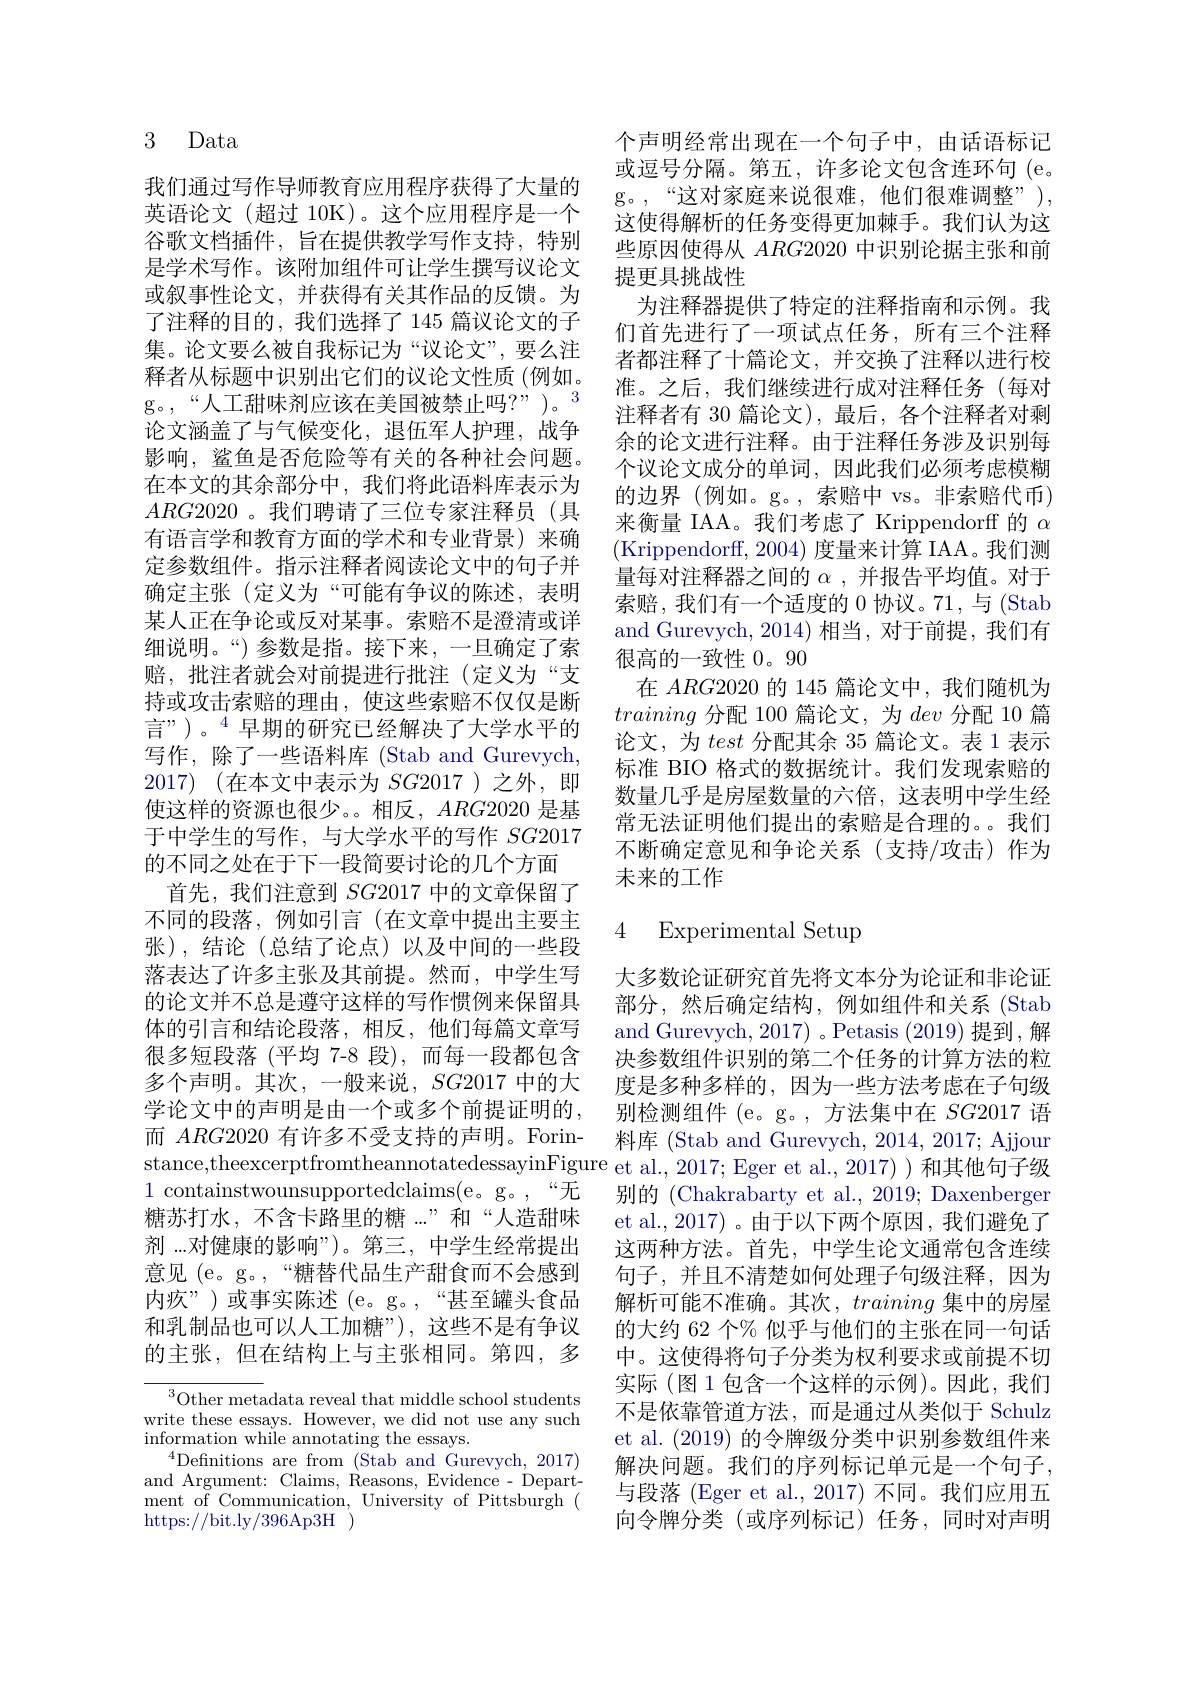
# 3 Data

我们通过写作导师教育应用程序获得了大量的英语论文(超过 10K)。这个应用程序是一个谷歌文档插件，旨在提供教学写作支持，特别是学术写作。该附加组件可让学生撰写议论文或叙事性论文，并获得有关其作品的反馈。为了注释的目的，我们选择了 145 篇议论文的子集。论文要么被自我标记为“议论文”,要么注释者从标题中识别出它们的议论文性质(例如。g。“人工甜味剂应该在美国被禁止吗？”)。3论文涵盖了与气候变化，退伍军人护理，战争影响，鲨鱼是否危险等有关的各种社会问题。在本文的其余部分中，我们将此语料库表示为$ARG2020$ 。我们聘请了三位专家注释员(具有语言学和教育方面的学术和专业背景)来确定参数组件。指示注释者阅读论文中的句子并确定主张(定义为“可能有争议的陈述，表明某人正在争论或反对某事。索赔不是澄清或详细说明。“) 参数是指。接下来，一旦确定了索赔，批注者就会对前提进行批注(定义为“支持或攻击索赔的理由，使这些索赔不仅仅是断言”)。$^{4}$早期的研究已经解决了大学水平的写作，除了一些语料库 (Stab and Gurevych, 2017) (在本文中表示为 $SG2017$ )之外，即使这样的资源也很少。。相反，$ARG2020$是基于中学生的写作，与大学水平的写作$SG2017$ 的不同之处在于下一段简要讨论的几个方面
首先，我们注意到$SG$2017 中的文章保留了不同的段落，例如引言(在文章中提出主要主张),结论(总结了论点)以及中间的一些段落表达了许多主张及其前提。然而，中学生写的论文并不总是遵守这样的写作惯例来保留具体的引言和结论段落，相反，他们每篇文章写很多短段落(平均 7-8 段),而每一段都包含多个声明。其次，一般来说，$SG2017$中的大学论文中的声明是由一个或多个前提证明的， 而$ARG2020$有许多不受支持的声明。Forinstance,theexcerptfromtheannotatedessayinFigure et al.,2017;Eger et al.,2017))和其他句子级
1 containstwounsupportedclaims(e。g。,“无糖苏打水，不含卡路里的糖...”和“人造甜味剂 ...对健康的影响”)。第三，中学生经常提出意见 (e。g。,“糖替代品生产甜食而不会感到内疚”)或事实陈述 (e。g。,“甚至罐头食品和乳制品也可以人工加糖”),这些不是有争议的主张，但在结构上与主张相同。第四，多

$^3$Other metadata reveal that middle school students write these essays. However, we did not use any such information while annotating the essays.
$^{4}$Definitions are from (Stab and Gurevych, 2017) and Argument: Claims, Reasons, Evidence- Department of Communication, University of Pittsburgh ( https://bit.ly/396Ap3H~)

个声明经常出现在一个句子中，由话语标记或逗号分隔。第五，许多论文包含连环句(e。g。“这对家庭来说很难，他们很难调整”), 这使得解析的任务变得更加棘手。我们认为这些原因使得从$ARG2020$中识别论据主张和前提更具挑战性
为注释器提供了特定的注释指南和示例。我们首先进行了一项试点任务，所有三个注释者都注释了十篇论文，并交换了注释以进行校准。之后，我们继续进行成对注释任务(每对注释者有 30 篇论文), 最后，各个注释者对剩余的论文进行注释。由于注释任务涉及识别每个议论文成分的单词，因此我们必须考虑模糊的边界(例如。g。,索赔中 vs。非索赔代币) 来衡量 IAA。我们考虑了 Krippendorff 的$\alpha$ (Krippendorff, 2004) 度量来计算 IAA。我们测量每对注释器之间的$\alpha$,并报告平均值。对于索赔，我们有一个适度的 0 协议。71,与 (Stab and Gurevych, 2014) 相当，对于前提，我们有很高的一致性0。90
在$ARG$2020 的 145 篇论文中，我们随机为training分配 100 篇论文，为dev分配 10 篇论文，为test分配其余 35 篇论文。表 1 表示标准 BIO 格式的数据统计。我们发现索赔的数量几乎是房屋数量的六倍，这表明中学生经常无法证明他们提出的索赔是合理的。。我们不断确定意见和争论关系(支持/攻击)作为未来的工作

# 4 Experimental Setup

大多数论证研究首先将文本分为论证和非论证部分，然后确定结构，例如组件和关系(Stab and Gurevych, 2017) 。Petasis (2019)提到，解决参数组件识别的第二个任务的计算方法的粒度是多种多样的，因为一些方法考虑在子句级别检测组件 (e。g。, 方法集中在$SG2017$语料库 (Stab and Gurevych, 2014, 2017; Ajjour 别的 (Chakrabarty et al., 2019; Daxenberger et al., 2017) 。由于以下两个原因，我们避免了这两种方法。首先，中学生论文通常包含连续句子，并且不清楚如何处理子句级注释，因为解析可能不准确。其次，training集中的房屋的大约 62 个% 似乎与他们的主张在同一句话中。这使得将句子分类为权利要求或前提不切实际(图1包含一个这样的示例)。因此，我们不是依靠管道方法，而是通过从类似于 Schulz et al. (2019)的令牌级分类中识别参数组件来解决问题。我们的序列标记单元是一个句子， 与段落 (Eger et al., 2017) 不同。我们应用五向令牌分类(或序列标记)任务，同时对声明